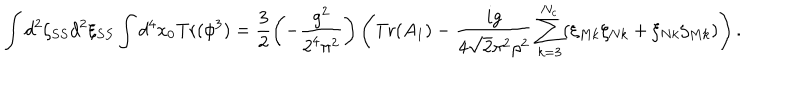
LaTeX: \int d ^ { 2 } \zeta _ { S S } d ^ { 2 } \xi _ { S S } \int d ^ { 4 } x _ { 0 } \mathrm { T r } ( \phi ^ { 3 } ) = \frac { 3 } { 2 } \left( - \frac { g ^ { 2 } } { 2 ^ { 4 } \pi ^ { 2 } } \right) \left( \mathrm { T r } ( A _ { 1 } ) - \frac { i g } { 4 \sqrt { 2 } \pi ^ { 2 } \rho ^ { 2 } } \sum _ { k = 3 } ^ { N _ { c } } ( \xi _ { M k } \zeta _ { N k } + \xi _ { N k } \zeta _ { M k } ) \right) .